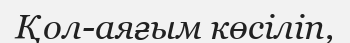
Қол-аяғым көсіліп,